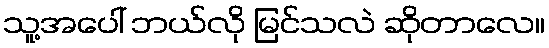
သူ့အပေါ် ဘယ်လို မြင်သလဲ ဆိုတာလေ။